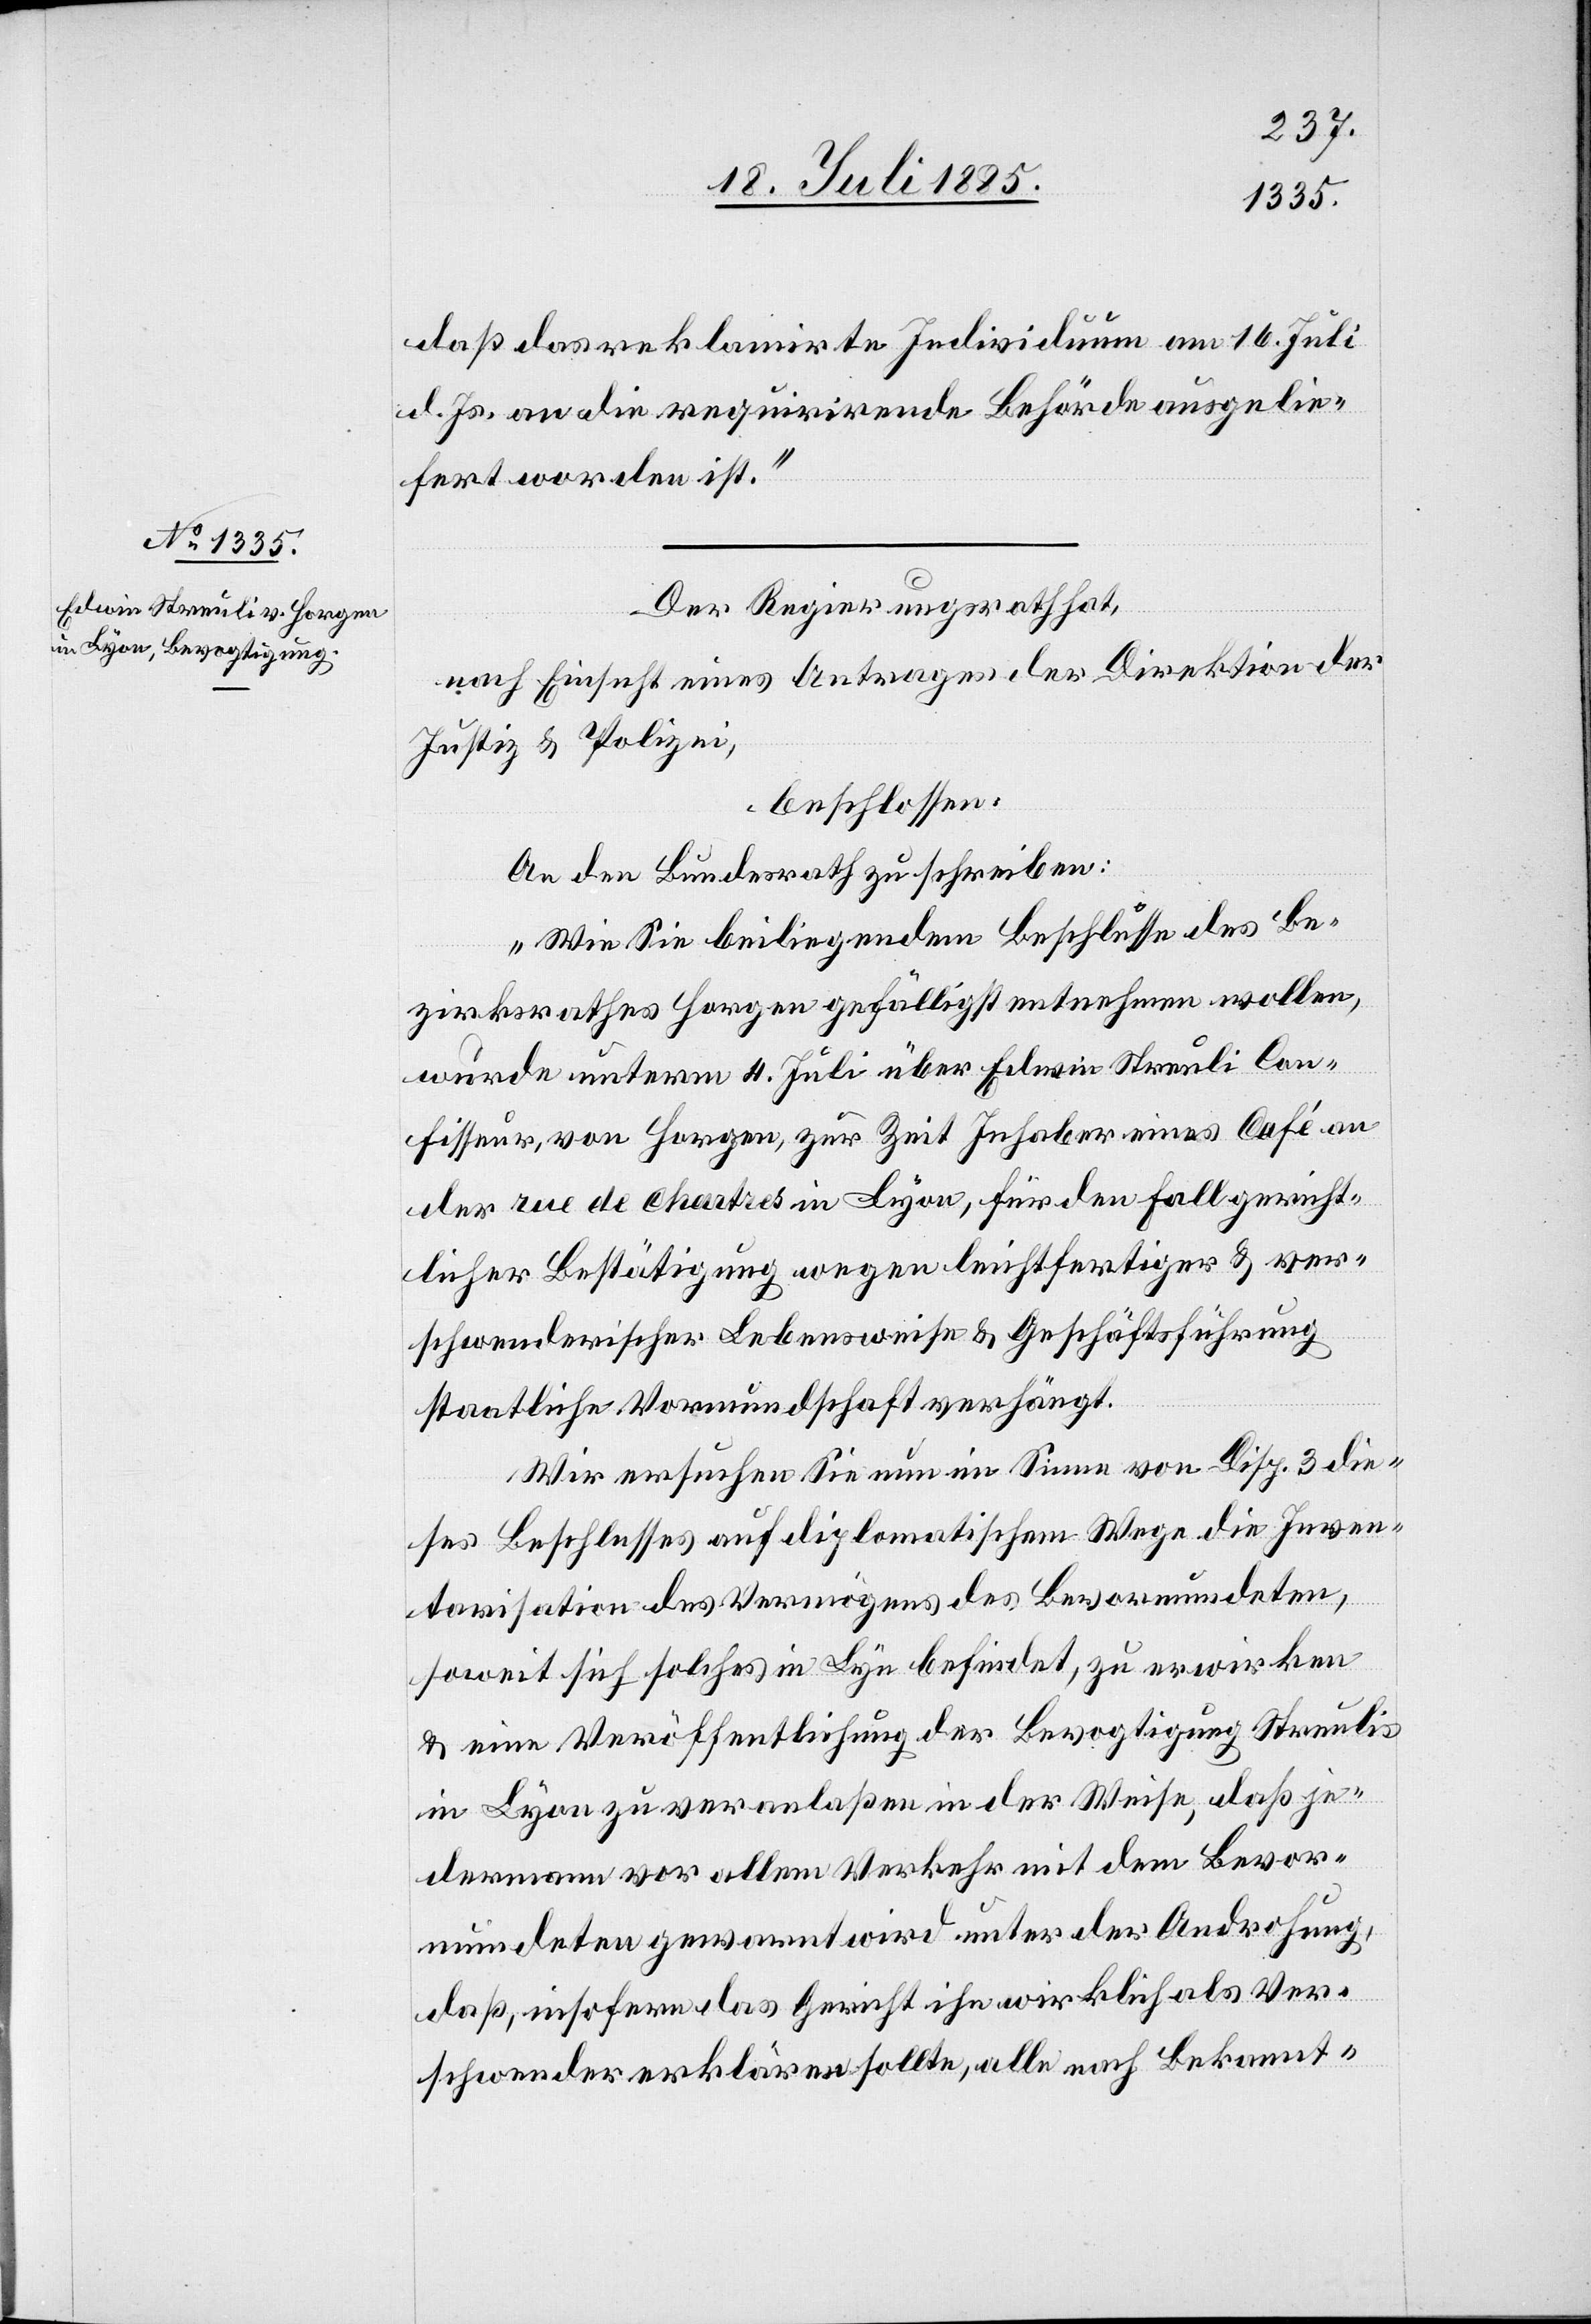
daß das reklamirte Individuum am 16. Juli
d. Js. an die requirirende Behörde ausgelie¬
fert worden ist.“
Der Regierungsrath hat,
nach Einsicht eines Antrages der Direktion der
Justiz & Polizei,
beschlossen:
An den Bundesrath zu schreiben:
„Wie Sie beiliegendem Beschlusse des Be¬
zirksrathes Horgen gefälligst entnehmen wollen,
wurde unterm 4. Juli über Edwin Streuli Con¬
fisseur, von Horgen, zur Zeit Inhaber eines Café an
der rue de chartres in Lyon, für den Fall gericht¬
licher Bestätigung wegen leichtfertiger & ver¬
schwenderischer Lebensweise & Geschäftsführung
staatliche Vormundschaft verhängt.
Wir ersuchen Sie nun im Sinne von Disp. 3 die¬
ses Beschlusses auf diplomatischem Wege die Inven¬
tarisation des Vermögens des Bevormundeten,
soweit sich solches in Lyon befindet, zu erwirken
& eine Veröffentlichung der Bevogtigung Streulis
in Lyon zu veranlaßen, in der Weise, daß je¬
dermann vor allem Verkehr mit dem Bevor¬
mundeten gewarnt wird unter der Androhung,
daß, insofern das Gericht ihn wirklich als Ver¬
schwender erklären sollte, alle nach Bekannt-